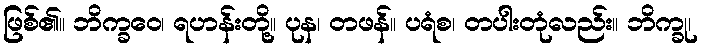
ဖြစ်၏။ ဘိက္ခဝေ၊ ရဟန်းတို့။ ပုန၊ တဖန်။ ပရံစ၊ တပါးတုံလည်း။ ဘိက္ခု၊